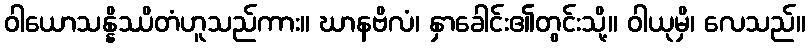
ဝါယောသန္နိဿိတံဟူသည်ကား။ ဃာနဗိလံ၊ နှာခေါင်း၏တွင်းသို့။ ဝါယုမှိ၊ လေသည်။